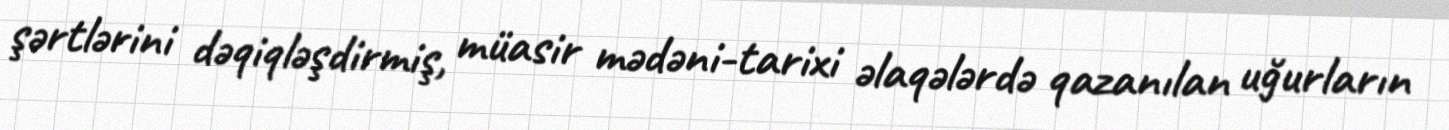
şərtlərini dəqiqləşdirmiş, müasir mədəni-tarixi əlaqələrdə qazanılan uğurların